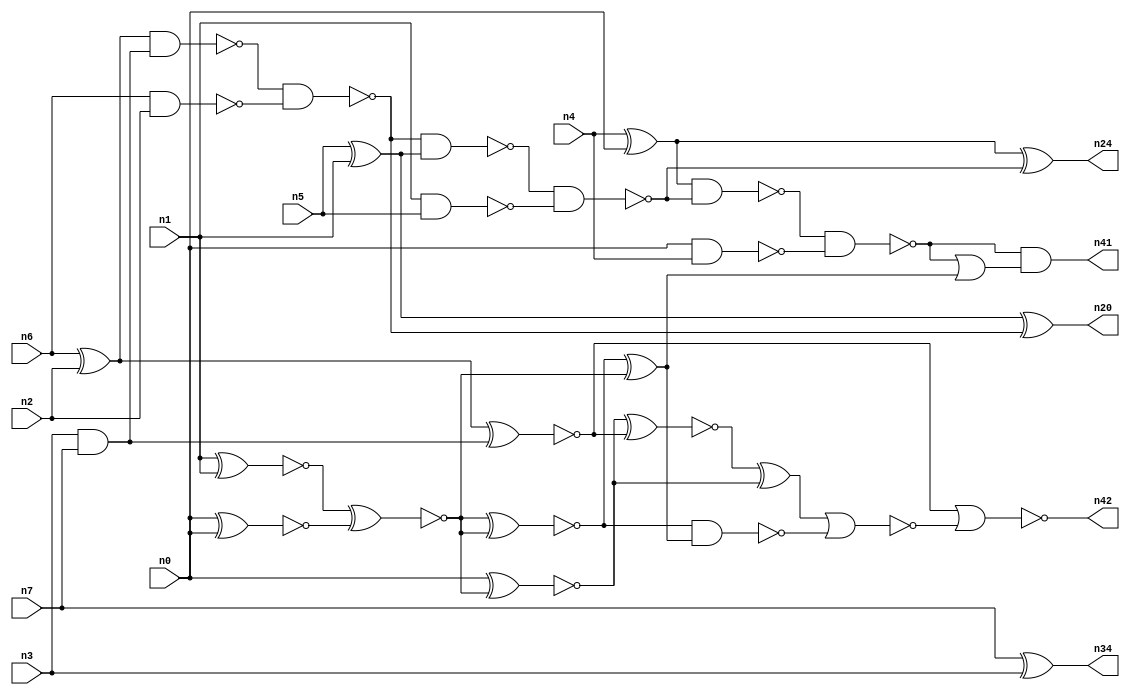
// This program was cloned from: https://github.com/umar-afzaal/ReCkt
// License: MIT License

// This file contains a pareto-optimal circuit with respect to delay and the fault-resilince parameter p_fault which is defined as:
// "For all input vectors, the ratio of the no. of faults observable at the POs to the no. of total possible faults in the circuit".
// This code is part of the ReCkt library (https://github.com/umar-afzaal/ReCkt) distributed under The MIT License.
// When used, please cite the following article(s):
// U. Afzaal, A.S. Hassan, M. Usman and J.A. Lee, "On the Evolutionary Synthesis of Increased Fault-resilience Arithmetic Circuits".

// p_fault = 61.0 %    (Lower is better)
// gates = 32.0
// levels = 9
// area = 45.93    (For MCNC library relative to nand2)
// power = 262.0 uW    (Berkely-SIS for MCNC library @ Vdd=5V and 20 MHz clock)
// delay = 13.1 ns    (Berkely-ABC for MCNC library)
// PDP = 3.4322e-12 J

// Pin mapping:
// {n0, n1, n2, n3} = A[3:0]
// {n4, n5, n6, n7} = B[3:0]
// {n41, n24, n20, n42, n34} = O[4:0]

module addr4u_delay_10 (
n0, n1, n2, n3, n4, n5, n6, n7, 
n41, n24, n20, n42, n34
);

input n0, n1, n2, n3, n4, n5, n6, n7;
output n41, n24, n20, n42, n34;
wire n23, n14, n35, n22, n32, n31, n36, n33, n37, n11, n17, n29, n13, n18, n30, n9, n16, n8, n15, n25, 
n10, n26, n19, n21, n27, n28, n12;

nand (n8, n6, n2);
xor (n9, n5, n1);
nand (n10, n0, n4);
and (n11, n3, n7);
xor (n12, n6, n2);
xor (n13, n4, n0);
xnor (n14, n7, n3);
nand (n15, n1, n5);
xnor (n16, n12, n11);
xnor (n17, n1, n1);
nand (n18, n12, n11);
nand (n19, n18, n8);
xor (n20, n9, n19);
nand (n21, n19, n9);
nand (n22, n21, n15);
nand (n23, n13, n22);
xor (n24, n13, n22);
nand (n25, n23, n10);
xnor (n26, n0, n0);
xnor (n27, n17, n26);
xnor (n28, n26, n17);
xnor (n29, n0, n27);
xnor (n30, n28, n27);
xnor (n31, n29, n16);
xor (n32, n30, n28);
xor (n33, n31, n29);
nand (n34, n14, n14);
nand (n35, n30, n32);
nor (n36, n33, n35);
or (n37, n25, n32);
and (n41, n25, n37);
nor (n42, n16, n36);

endmodule